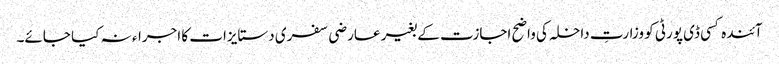
آئندہ کسی ڈی پورٹی کو وزارتِ داخلہ کی واضح اجازت کے بغیر عارضی سفری دستایزات کا اجراء نہ کیا جائے۔